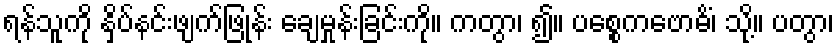
ရန်သူကို နှိပ်နင်းဖျက်ဖြုန်း ချေမှုန်းခြင်းကို။ ကတွာ၊ ၍။ ပစ္စေကဗောဓိံ၊ သို့။ ပတွာ၊